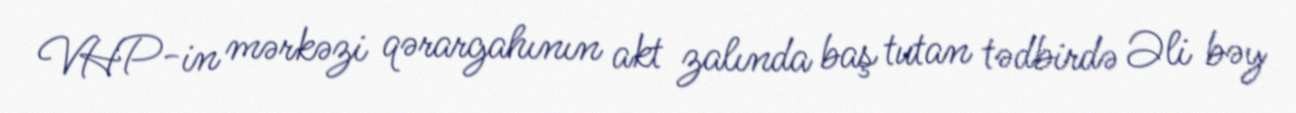
VHP-in mərkəzi qərargahının akt zalında baş tutan tədbirdə Əli bəy